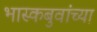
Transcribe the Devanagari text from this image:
भास्कबुवांच्या